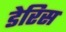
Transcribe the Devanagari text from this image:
डेरिस